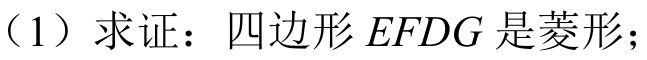
（1）求证：四边形\(EFDG\)是菱形；